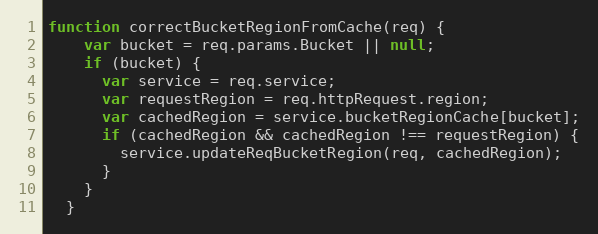
Language: JavaScript
function correctBucketRegionFromCache(req) {
    var bucket = req.params.Bucket || null;
    if (bucket) {
      var service = req.service;
      var requestRegion = req.httpRequest.region;
      var cachedRegion = service.bucketRegionCache[bucket];
      if (cachedRegion && cachedRegion !== requestRegion) {
        service.updateReqBucketRegion(req, cachedRegion);
      }
    }
  }